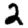
Digit: 2